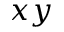
x y